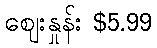
စျေးနှုန်း $5.99